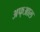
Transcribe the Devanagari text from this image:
अफ्आल